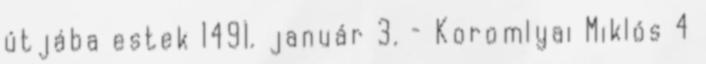
útjába estek 1491. január 3. – Koromlyai Miklós 4